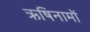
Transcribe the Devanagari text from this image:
ऋषिनामों